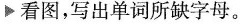
▶看图,写出单词所缺字幕.